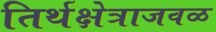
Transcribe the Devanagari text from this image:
तिर्थक्षेत्राजवळ